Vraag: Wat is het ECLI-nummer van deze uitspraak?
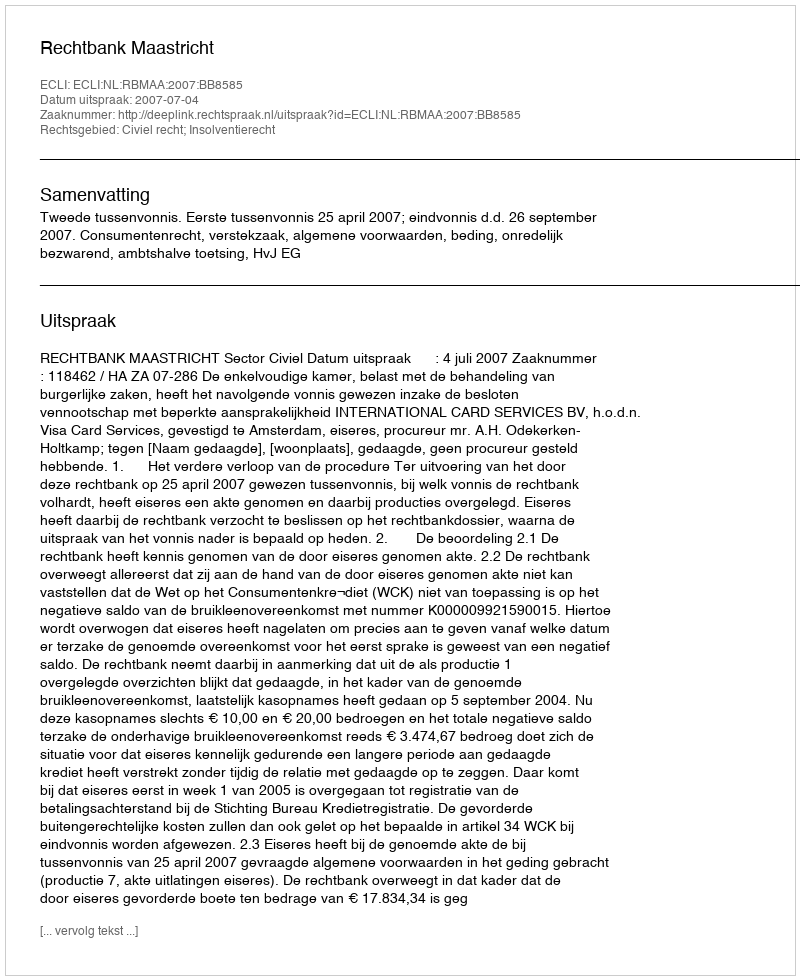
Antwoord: ECLI:NL:RBMAA:2007:BB8585